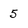
Character: 5